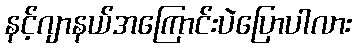
နင့်ဂျာနယ်အကြောင်းပဲပြောပါလား